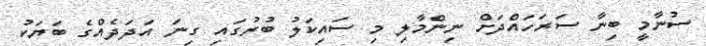
ސުނާމީ ބިނާ ސަރަހައްދަށް ނިންމާލި މި ސައިކަލު ބުރުގައި ގިނަ އަދަދެއްގެ ބަޔަކު